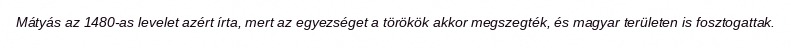
Mátyás az 1480-as levelet azért írta, mert az egyezséget a törökök akkor megszegték, és magyar területen is fosztogattak.